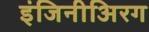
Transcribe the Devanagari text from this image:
इंजिनीअिरग